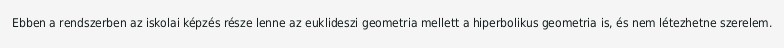
Ebben a rendszerben az iskolai képzés része lenne az euklideszi geometria mellett a hiperbolikus geometria is, és nem létezhetne szerelem.